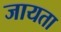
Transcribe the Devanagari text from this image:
जायता